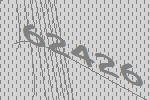
62426